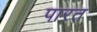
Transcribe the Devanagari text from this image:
पारत